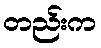
တည်းက